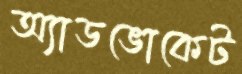
অ্যাডভোকেট